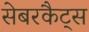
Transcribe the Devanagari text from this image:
सेबरकैट्स